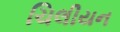
ચિલીયન